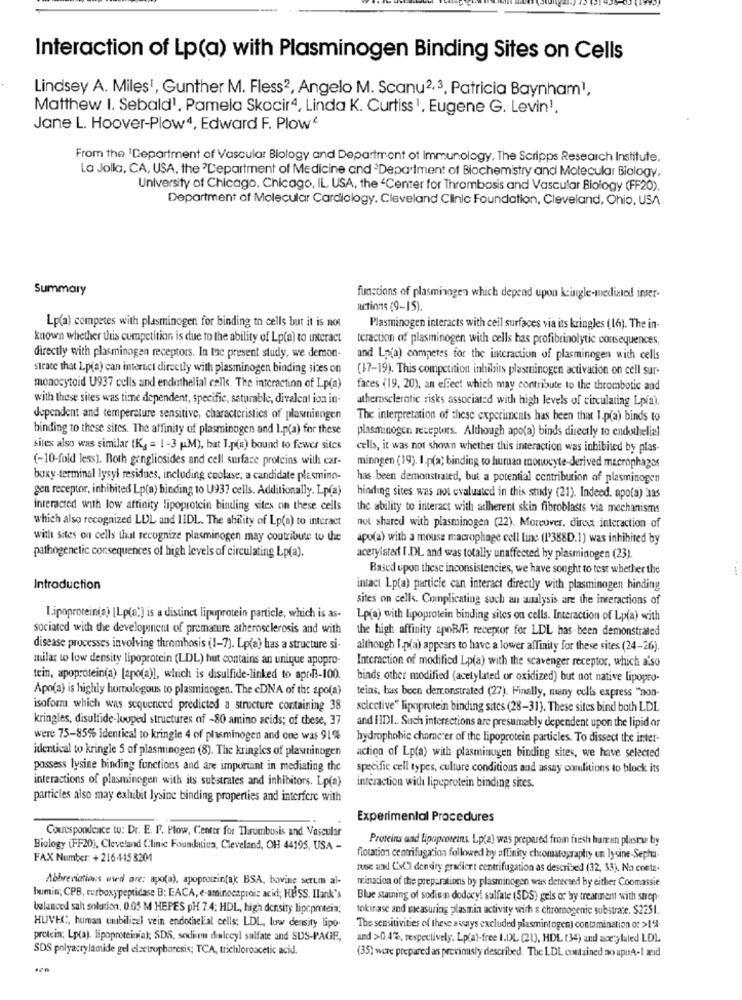
Interaction of Lp(a) with Plasminogen Binding Sites on Cells
Lindsey A. Miles1, Gunther M. Fless2, Angelo M. Scanu2,3, Patricia Baynham1,
Matthew I. Sebald1, Pamela Skocir4, Linda K. Curtiss1, Eugene G. Levin1.
Jane L. Hoover-Plow4, Edward F. Plow“
From the 'Department of Vascular Biology and Department of Immunology, The Scripps Research Institute.
La Jolla, CA, USA, the "Department of Medicine and ªDepartment of Biochemistry and Molecular Biology,
University of Chicago, Chicago, IL, USA, the 'Center for Thrombosis and Vascular Biology (FF20).
Department of Molecular Cardiology, Cleveland Clinic Foundation, Cleveland, Ohio, USA
Summary
functions of plasminogen which depend upon kringle-mediated inter-
actinns (9-15).
Lp(a) competes with plasminogen for binding to cells but it is not
Plasminogen interacts with ceil surfaces via its kringles ( 16). The in-
known whether thuis competition is due to the ability of Lp(a) to interact
teraction of plasminogen with cells has profibrinolytic consequences,
directly with plasminogen receptors. In the present study, we demon-
and Lp(a) competes for the interaction of plasminogen with cells
strace that Lp(a) can interact directly with plasminogen binding sites on
(17-19). This competition inhibits plastinogen activation on cell sur-
monocytoid U937 cells and endothelial cells. The interaction of Lp(a)
faces (19, 20), an effect which may contribute to the thrombotic and
with these sites was time dependent, specific, saturable, divalent ion in-
atherosclerotic risks associated with high levels of circulating Lpía).
dependent and temperature sensitive, characteristics of plasruinogen
The interpretation of these experiments has been that I.p(a) binds to
binding to these sites. The affinity of plasminogen and I.p(a) for these
plasminogen receptors. Although apo(a) binds directly to endothelial
sites also was similar (Kg = 1-3 (M), bat I.p(a) bound to fewer sites
cells, it was not shown whether this interaction was inhibited by plas-
(-10-fold less). Both gangliosides and cell surface proteins with car-
minngen (19). I.p(a) binding to human monocyte-derived macrophagos
boxy-terminal lysyi residues, including coolase, a candidate plasmino-
has been demonstrated, but a potential contribution of plasminogen
gen receptor, inhibited Lp(a) binding to U937 cells. Additionally. Lp(a)
hinding sites was not evaluated in this study (21). Indeed. apo(a) _as
interacted with low affinity lipoprotein binding sites on these cells
the ability to interact with adherent skin fibroblasts via mechanisms
which also recognized LUL and 11DL. The ability of Lp(a) to interact
not shared with plasminogen (22). Moreover, direc interaction of
with sites on cells that recognize plasminogen may contribute to the
apo(a) with a mouse macrophage cell line (1'388D.1) was inhihited by
pathogenetic consequences of high levels of circulating Lp(a).
acerylated I.DL and was totally unaffected hy plasminogen (23).
Based upon these inconsistencies, we have sought to test whether the
Introduction
intact Lp(a) particle can interact directly with plasminogen binding
sites on cells. Complicating such an analysis are the interactions of
Lipoprotein(a) [Lp(a;] is a distinct lipuprotein particle, which is as-
Lp(a) with lipoprotein binding sites on cells. Interaction of Lp(a) with
sociated with the development of premature atherosclerosis and with
the high affinity apoB/F. receptor for LDL has-been demonstrated
disease processes involving thrombosis (1-7). Lp(a) has a structure si-
although I .p(a) appears to have a lower affinity for these sites (24-26).
milar to low density lipoprotein (LDL) hut contains an unique apopro-
Interaction of modified Lp(a) with the scavenger receptor, which a'so
tein, apoprotein(a) [apo(a)], which is disulfide-linked to april-100.
binds other modified (acetylated or oxidized) but not native lipopro-
Apo(a) is highly homologous to plasminogen. The cDNA of the apo(a)
teins, bus been demonstrated (27). Finally, many eclis express "non-
isoform which was sequenced predicted a structure containing 38
selective" lipoprotein binding sites (28-31). These sites bind both LDL
kringles, disulfide-looped structures of -80 amino acids; of these, 37
and IIDI .. Such interactions are presumably dependent upon the lipid ar
were 75-85% identical to kringle 4 of plasminogen and one was 91%
hydrophobic chame er of the lipoprotein particles. To dissect the inter-
identical to kringle 5 of plasminogen (8). The kringles of plastinogen
action of Lp(a) with plasminugen binding sites, we have selected
possess lysine binding functions and are important in mediating the
specific cell types, culture conditions and assay conditions to block its
interactions of plasminegen with its substrates and inhibitors. Lp(a)
interaction with lipeprotein binding sites.
particles also may exhibit lysine binding properties and interfere with
Experimental Procedures
Correspondence to: Dr. E. F. Plow, Center for Thrombosis and Vascular
Proteins and Lipoproteins Lp(a) was prepared from fresh har in plasma by
Biology (FF20), Cleveland Clinic Foundation, Cleveland, OH 44195, USA -
FAX Number: + 216 415 8201
flotation centrifugation followed by affinity chromatography un lysine-Sepha.
muse and CMCl deneiry gradiert centrifugation as described (32, 33). Na conte-
Abbreviations used are: apo(a), apoprotein(a) BSA, bovine serum al-
mination of the preparations by plasminogen was detected by either Coomassie
humin; CPB, carboxypeptidase B: EACA, e-aminoesproic acid; HBSS. Ilank's
Blue staining of sodium dodecy! salfate (SDS) gels or by treatment with strep-
balanced salt solution, 0.05 M HEPES pH 7.4; HDL, high density lipcprotein;
tokinase and measuring plasmin activity with a chromogenic substrate. $2251.
HUVES, human mubilizzi vein endothelial cells; LDL, low density lipo-
The sensitivities of these assays excluded plasmintogen) contamination or >1%
protein; Lp(aj. lipoproteinia); SDS, sodium delceyl sulfate and SUS-PAGE,
and >0.4%, respectively. Lp(a)-free I.DL (21), HDL (34) und ace;ylaled LDL
SDS polyacrylamide gel electrophoresis; TCA, trichloroacetic acid.
(35) were prepared as previously described. The LDL contained ao upuA- I aid